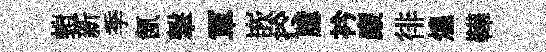
螘新季氤撃軍嵌扵臆衿廉徘煌鞾